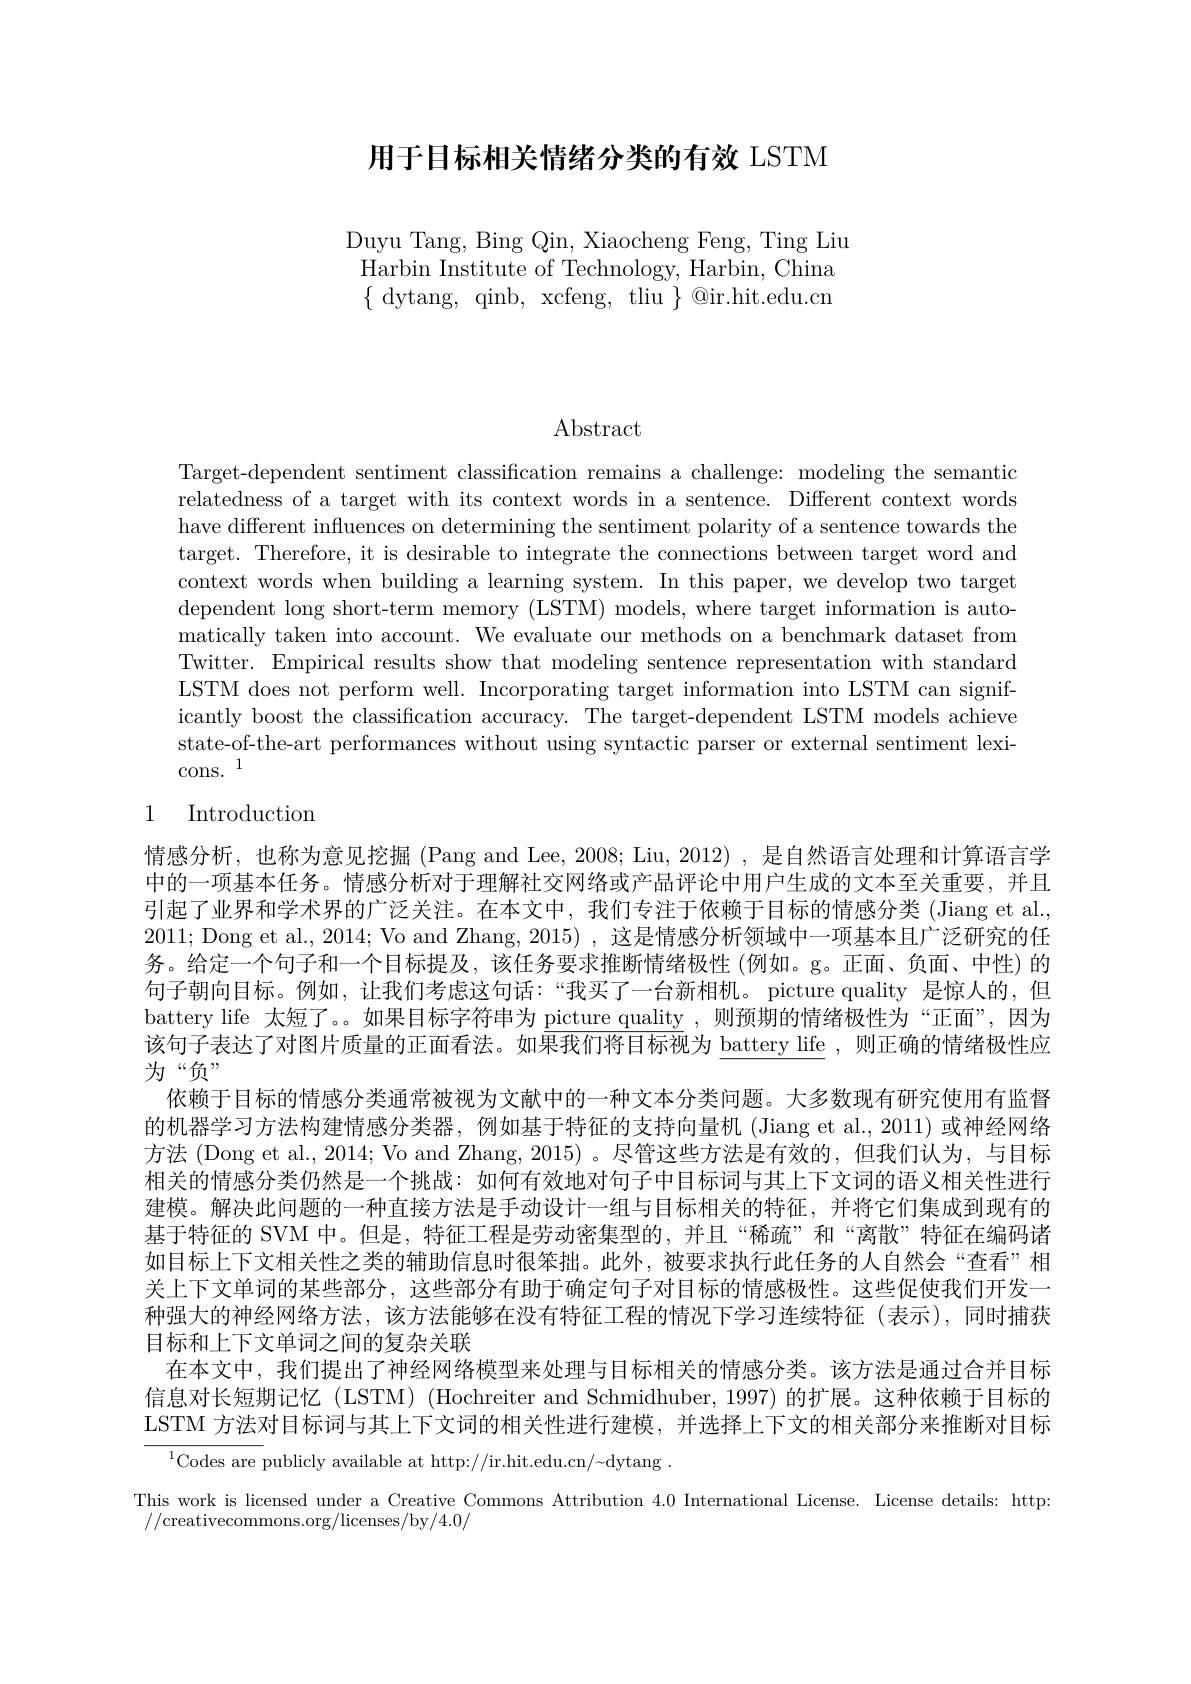
用于目标相关情绪分类的有效 LSTM

Duyu Tang, Bing Qin, Xiaocheng Feng, Ting Liu Harbin Institute of Technology, Harbin, China $\{$dytang, qinb, xcfeng, tliu $\}$@ir.hit.edu.cn

$\operatorname{Abstract}$

Target-dependent sentiment classification remains a challenge: modeling the semantic relatedness of a target with its context words in a sentence. Different context words have different influences on determining the sentiment polarity of a sentence towards the target. Therefore, it is desirable to integrate the connections between target word and context words when building a learning system. In this paper, we develop two target dependent long short-term memory (LSTM) models, where target information is automatically taken into account. We evaluate our methods on a benchmark dataset from Twitter. Empirical results show that modeling sentence representation with standard LSTM does not perform well. Incorporating target information into LSTM can significantly boost the classification accuracy. The target-dependent LSTM models achieve state-of-the-art performances without using syntactic parser or external sentiment lexicons.$^1$

# 1 Introduction

情感分析，也称为意见挖掘 (Pang and Lee, 2008; Liu, 2012) , 是自然语言处理和计算语言学中的一项基本任务。情感分析对于理解社交网络或产品评论中用户生成的文本至关重要，并且引起了业界和学术界的广泛关注。在本文中，我们专注于依赖于目标的情感分类(Jiang et al., 2011; Dong et al., 2014; Vo and Zhang, 2015) , 这是情感分析领域中一项基本且广泛研究的任务。给定一个句子和一个目标提及，该任务要求推断情绪极性(例如。g。正面、负面、中性)的句子朝向目标。例如，让我们考虑这句话：“我买了一台新相机。picture quality 是惊人的，但battery life 太短了。。如果目标字符串为 picture quality ,则预期的情绪极性为“正面”,因为该句子表达了对图片质量的正面看法。如果我们将目标视为 battery life ,则正确的情绪极性应为“负”
依赖于目标的情感分类通常被视为文献中的一种文本分类问题。大多数现有研究使用有监督的机器学习方法构建情感分类器，例如基于特征的支持向量机 (Jiang et al., 2011) 或神经网络方法 (Dong et al., 2014; Vo and Zhang, 2015) 。尽管这些方法是有效的，但我们认为，与目标相关的情感分类仍然是一个挑战：如何有效地对句子中目标词与其上下文词的语义相关性进行建模。解决此问题的一种直接方法是手动设计一组与目标相关的特征，并将它们集成到现有的基于特征的 SVM 中。但是，特征工程是劳动密集型的，并且“稀疏”和“离散”特征在编码诸如目标上下文相关性之类的辅助信息时很笨拙。此外，被要求执行此任务的人自然会“查看”相关上下文单词的某些部分，这些部分有助于确定句子对目标的情感极性。这些促使我们开发一种强大的神经网络方法，该方法能够在没有特征工程的情况下学习连续特征(表示),同时捕获目标和上下文单词之间的复杂关联
在本文中，我们提出了神经网络模型来处理与目标相关的情感分类。该方法是通过合并目标信息对长短期记忆(LSTM) (Hochreiter and Schmidhuber, 1997) 的扩展。这种依赖于目标的LSTM 方法对目标词与其上下文词的相关性进行建模，并选择上下文的相关部分来推断对目标
$^{1}$Codes are publicly available at http://ir.hit.edu.cn/~dytang .
This work is licensed under a Creative Commons Attribution 4.0 International License. License details: http:
//creativecommons.org/licenses/by/4.0/